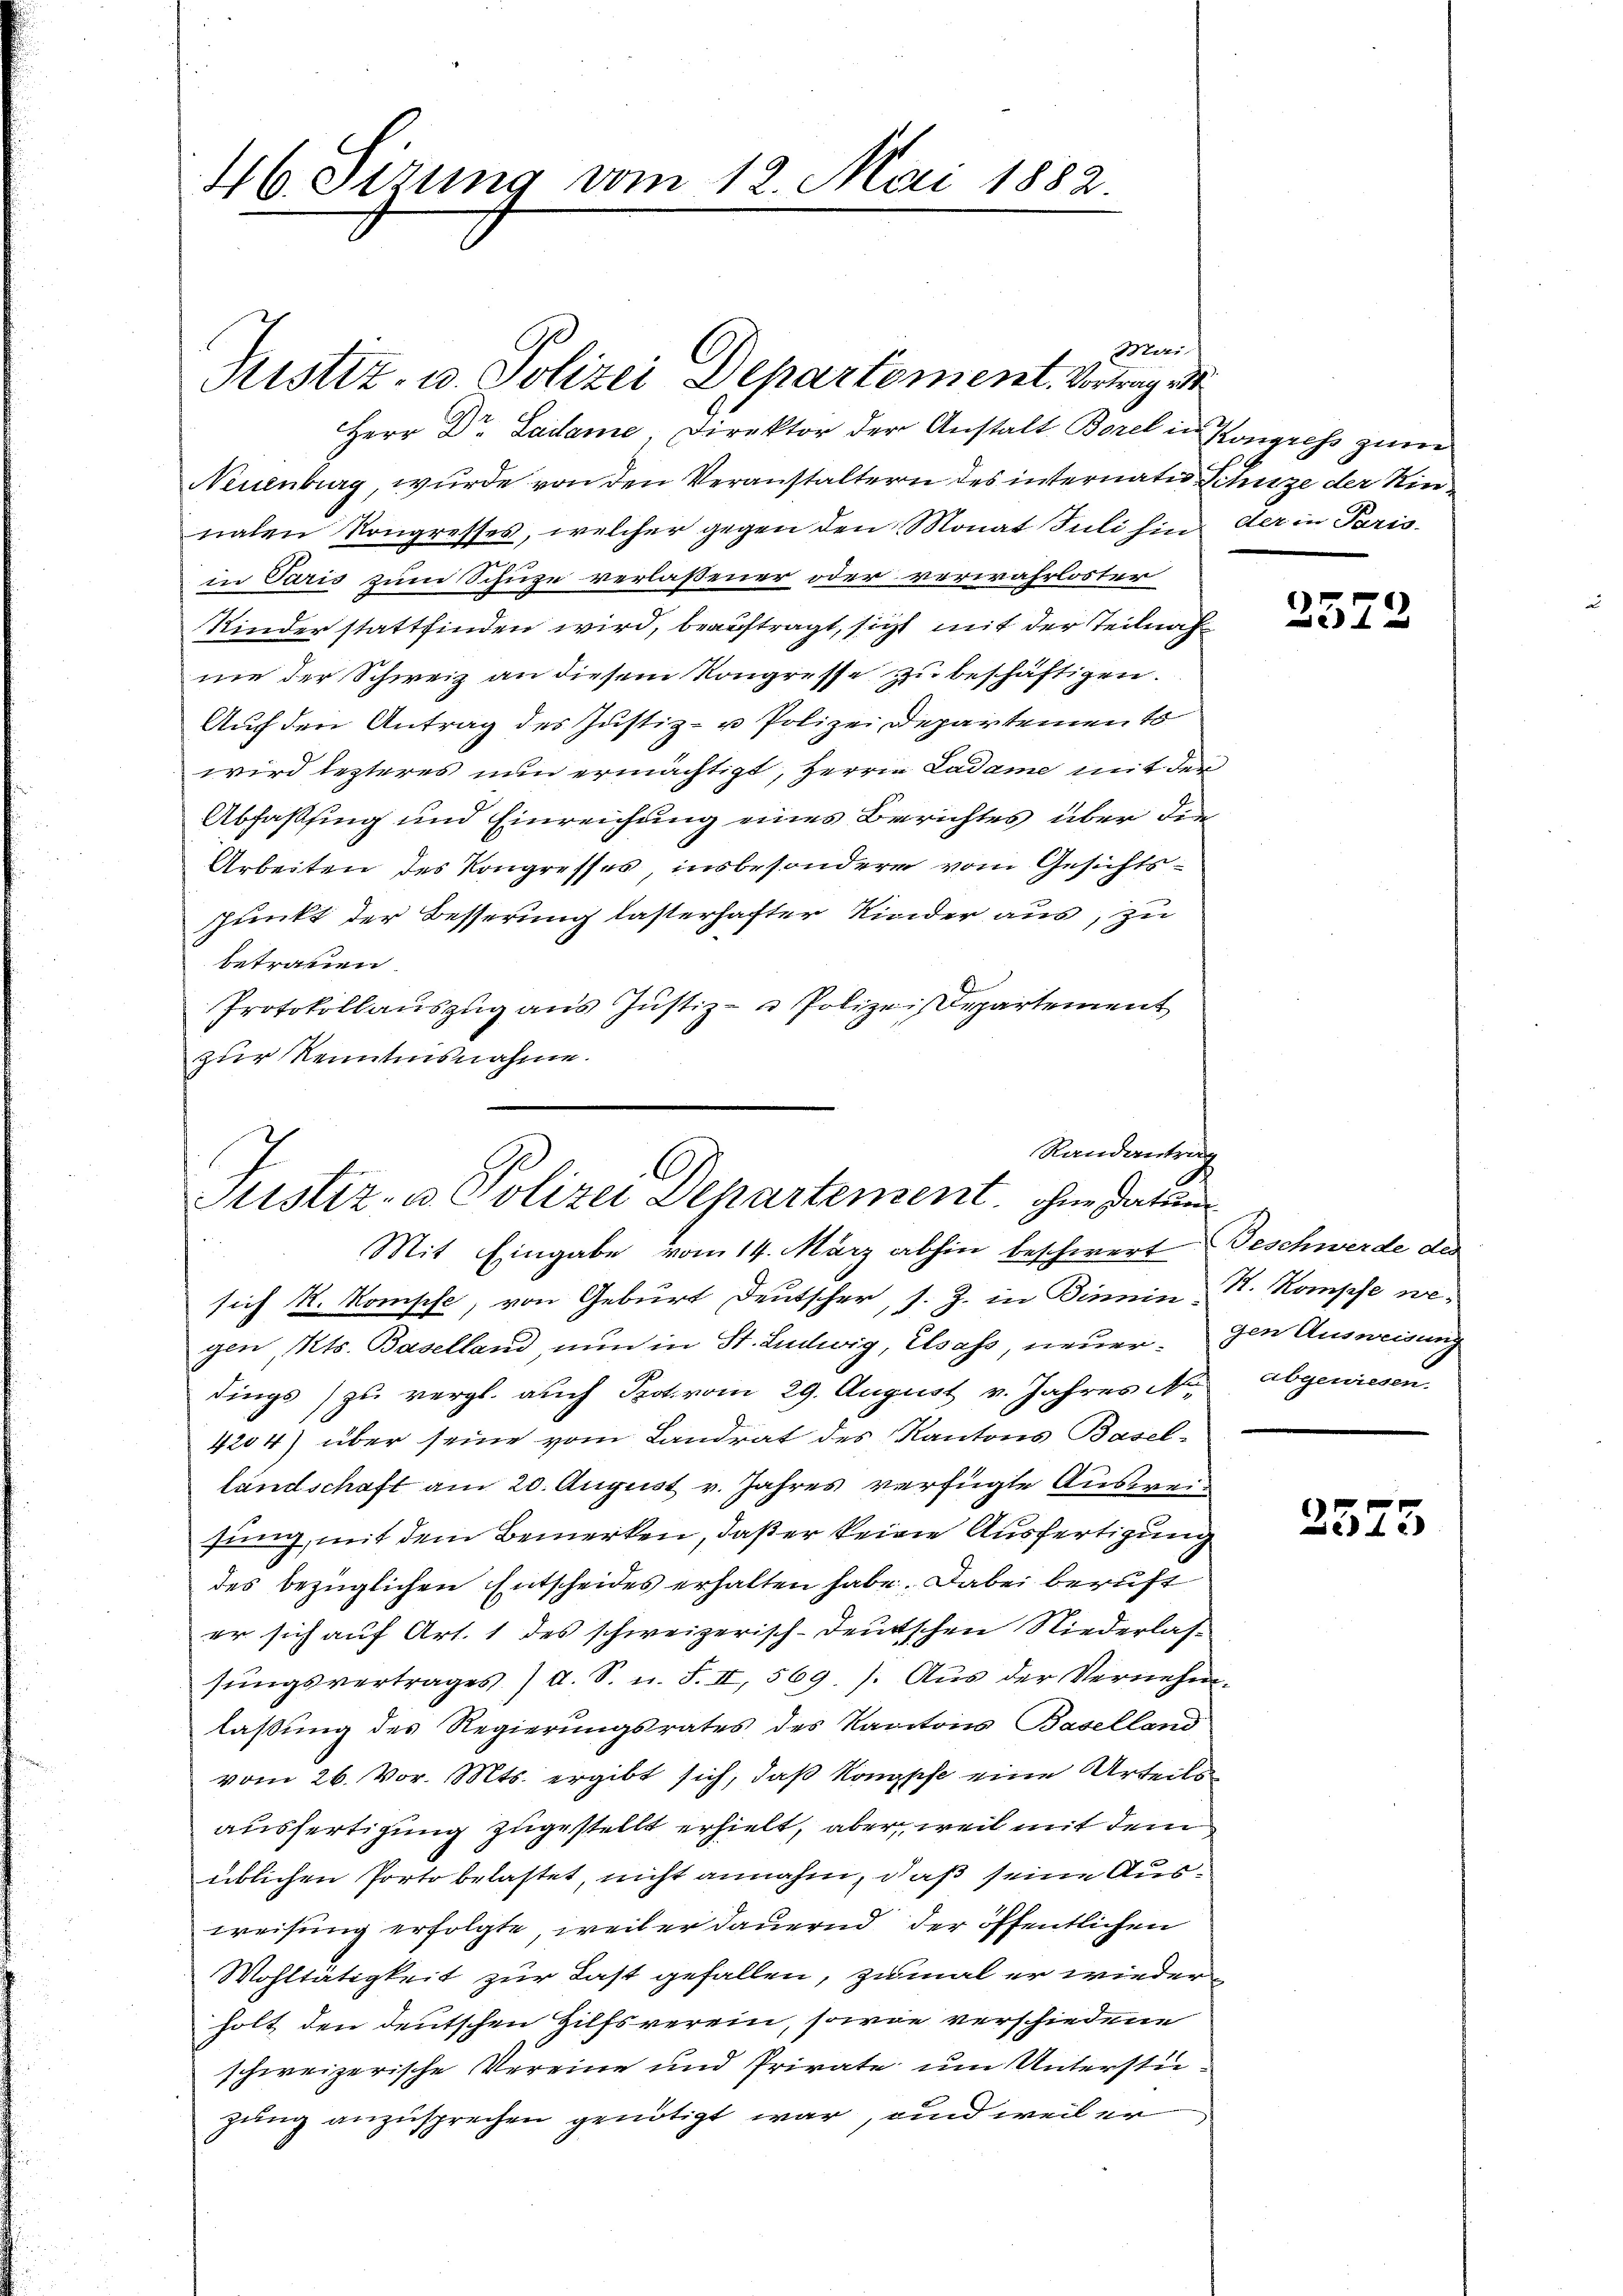
46. Dezung vom 12. Mai 1882.

Herr Dr. Ladame, Direktor der Anstalt Borel in Kongress zum
Neuenburg, wurde von den Veranstaltern des internates Schuze der Kinnalen Kongresses, welcher gegen den Monat Juli hin der in Paris
in Paris zum Schuze verlaßener oder verwahrloster
Kinder stattfinden wird, beauftragt, sicht mit der Teilnah
nie der Schweiz an diesem Kongresse zu beschäftigen.
Auch den Antrag des Justiz- u Polizei Departemento
wird lezteres nun ermächtigt, Herrn Ladame mit der
Abfassung und Einreichung eines Berichtes über die
Arbeiten des Kongresses, insbesondere vom Gesichts¬
Punkt der Besserung lasterhafter Kinder aus, zu
betrauen.
Protokollaŭszŭg aŭs Jŭstiz- & Polizei Departement
zur Kenntnisnahme.

Ristiz- u. Polizei Departement. Vortrag de

Mai

Randantrath
C
Justiz- u. Polizei Departement, ohne Datum
Mit Eingabe vom 14. März abhin beschwert Beschwerde des

sich R. Kompfe, von Geburt Deutscher, s. Z. in Binin, S. Kompfe wegen, Kts. Baselland nun in St. Ludwig, Elsass, neuer den Ausweisung
dings zu vergl. auch Prot vom 29. August v. Jahres N. abgewiesen
4204) über seine vom Landrat des Kantons Basel-
landschaft am 20. August v. Jahres verfügte Ausweis
sung, mit dem Bemerken, daß er keine Ausfertigung
des bezüglichen Entscheides erhalten habe. Dabei beruft
er sich auf Art. 1 des schweizerisch-deutschen Niederlassŭngsvertrages d. S. n. F. II, 569.). Aŭs der Vernehm-
laßung des Regierungsrates des Kantons Baselland
vom 26. vor. Mts. ergibt sich, daß Konpfe eine Urteils
ausfertigung zugestellt erhielt, aber weil mit dem
üblichen Porto belastet, nicht annahm, daß seine Ausweisung erfolgte, weiter dauernd der öffentlichen
Wohltätigkeit zur Last gefallen, zumal er wieder
holt den deutschen Hilfsverein, sowie verschiedene
schweizerische Vereine und Private um Unterstügung anzusprechen genötigt war, und weil er

2572

2573